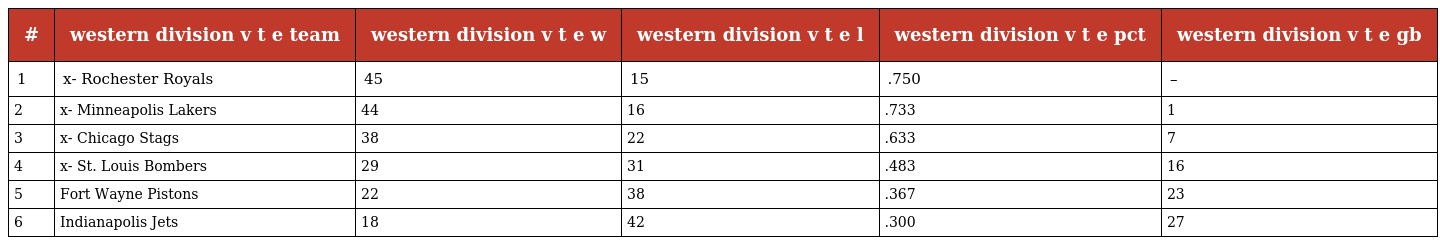
| # | western division v t e team | western division v t e w | western division v t e l | western division v t e pct | western division v t e gb |
 | --- | --- | --- | --- | --- | --- |
 | 1 | x- Rochester Royals | 45 | 15 | .750 | – |
 | 2 | x- Minneapolis Lakers | 44 | 16 | .733 | 1 |
 | 3 | x- Chicago Stags | 38 | 22 | .633 | 7 |
 | 4 | x- St. Louis Bombers | 29 | 31 | .483 | 16 |
 | 5 | Fort Wayne Pistons | 22 | 38 | .367 | 23 |
 | 6 | Indianapolis Jets | 18 | 42 | .300 | 27 |